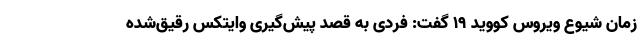
زمان شیوع ویروس کووید 19 گفت: فردی به قصد پیش‌گیری وایتکس رقیق‌شده